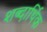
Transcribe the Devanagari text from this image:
शब्दार्थिक